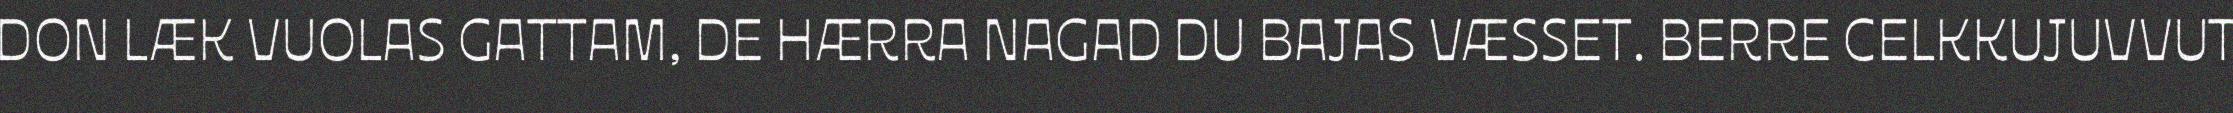
DON LÆK VUOLAS GATTAM, DE HÆRRA NAGAD DU BAJAS VÆSSET. BERRE CELKKUJUVVUT